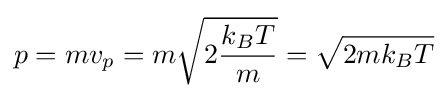
p=mv_{p}=m{\sqrt {2{\frac {k_{B}T}{m}}}}={\sqrt {2mk_{B}T}}